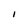
Character: I